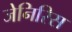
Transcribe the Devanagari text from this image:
जेनिरिस